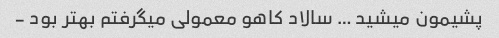
پشیمون میشید … سالاد کاهو معمولی میگرفتم بهتر بود -